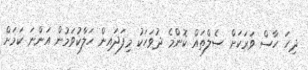
ދިހަ ހާސް ވަރަކަށް ސެލްތައް ކޮންމެ ދުވަހަކު މިފަދައިން ހަލާކުވަމުން އަންނަ ކަމަށް